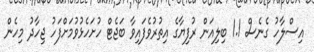
އިސްލާހު ގެނެސް 1.1 ބިލިއަން ރުފިޔާގެ އިތުރުވެފައިވާ ބަޖެޓް ހުށަހެޅުވުމަށްފަހު ޖިހާދު މިހެން